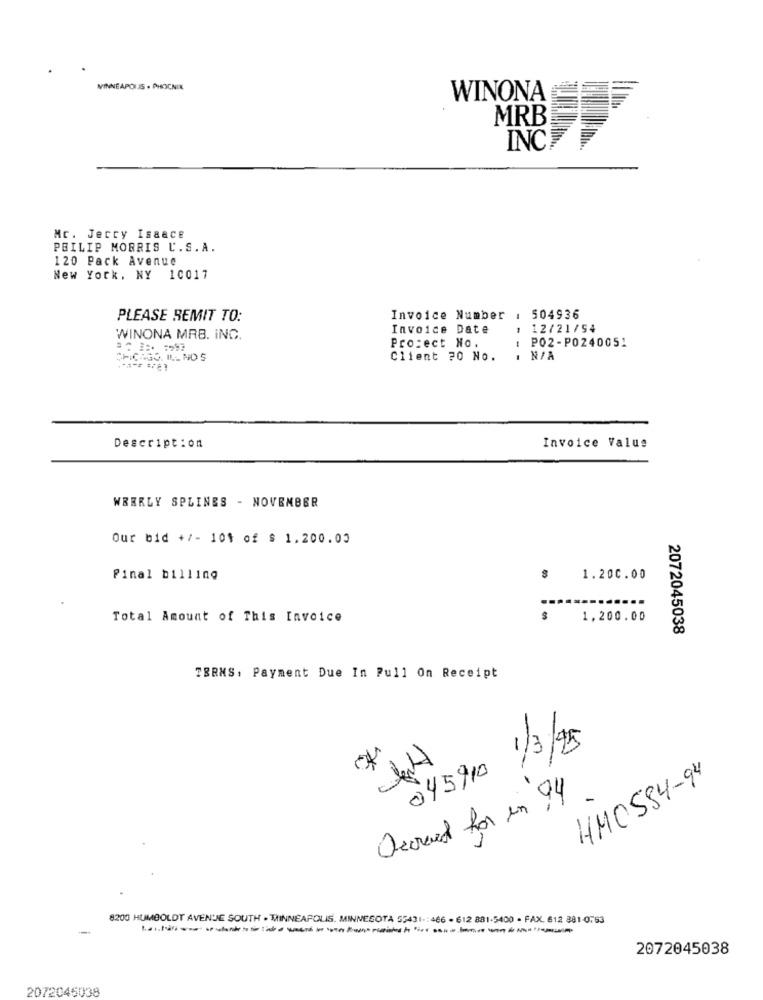
MINNEAPOLIS . PHOENIX
WINONA
MRB
INCI
Mc. Jeccy Isaace
PHILIP MORRIS U.S.A.
120 Pack Avenue
New York, NY 10017
PLEASE REMIT TO:
Invoice Number : 504936
Invoice Date
12/21/54
WINONA MRB. ING.
Protect No.
-
P02-P0240051
CHICAGO, ILEND S
Client 70 No.
: N/A
Description
Invoice Value
WEERLY SPLINES - NOVEMBER
Our bid +/- 101 of $ 1.200.00
Final billing
1.200.00
Total Amount of This Invoice
1,200.00
2072045038
TERMS. Payment Due In Pull On Receipt
045910 1/3/25
HMOS84-94
Decreved for in 94
8200 HUMBOLDT AVENUE SOUTH . MINNEAPOLIS, MINNESOTA 55431 -: 466 - 612 881-5400 · FAX. 612 881-0763
2072045038
2072045038